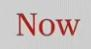
Now